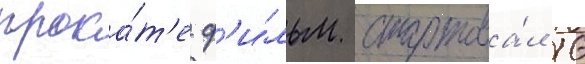
прока́т'е ф'и́льм стартова́л 16